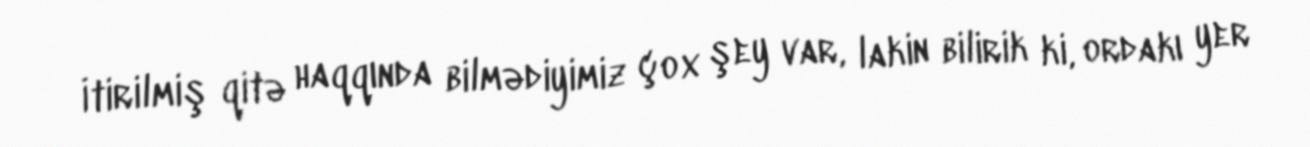
İtirilmiş qitə haqqında bilmədiyimiz çox şey var, lakin bilirik ki, ordakı yer